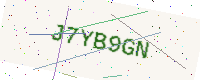
Text: J7YB9GN